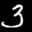
Label: 3